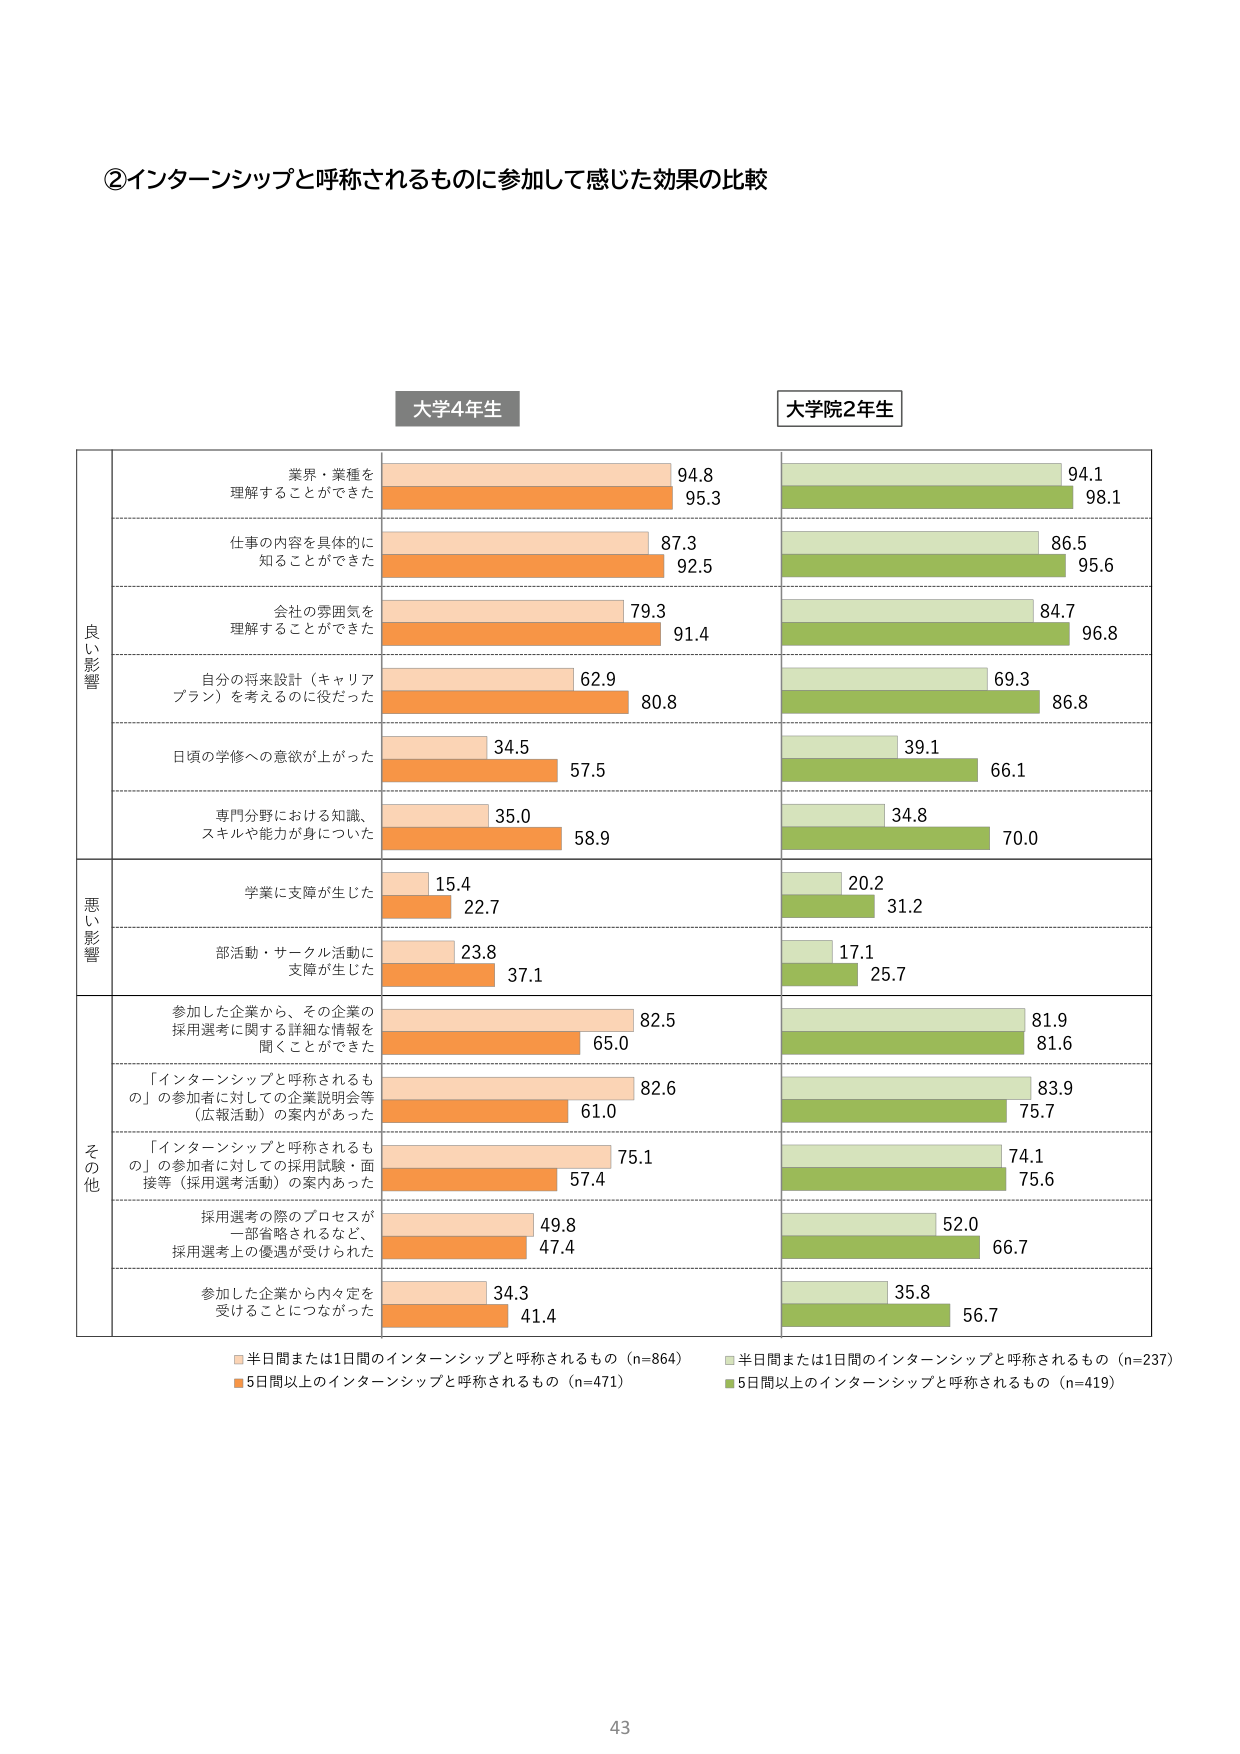
②インターンシップと呼称されるものに参加して感じた効果の比較

大学4年生
大学院2年生

良い影響
業界・業種を理解することができた
94.8
95.3
94.1
98.1

仕事の内容を具体的に知ることができた
87.3
92.5
86.5
95.6

会社の雰囲気を理解することができた
79.3
91.4
84.7
96.8

自分の将来設計（キャリアプラン）を考えるのに役だった
62.9
80.8
69.3
86.8

日頃の学修への意欲が上がった
34.5
57.5
39.1
66.1

専門分野における知識、スキルや能力が身についた
35.0
58.9
34.8
70.0

悪い影響
学業に支障が生じた
15.4
22.7
20.2
31.2

部活動・サークル活動に支障が生じた
23.8
37.1
17.1
25.7

その他
参加した企業から、その企業の採用選考に関する詳細な情報を聞くことができた
82.5
65.0
81.9
81.6

「インターンシップと呼称されるもの」の参加者に対しての企業説明会等（広報活動）の案内があった
82.6
61.0
83.9
75.7

「インターンシップと呼称されるもの」の参加者に対しての採用試験・面接等（採用選考活動）の案内あった
75.1
57.4
74.1
75.6

採用選考の際のプロセスが一部省略されるなど、採用選考上の優遇が受けられた
49.8
47.4
52.0
66.7

参加した企業から内々定を受けることにつながった
34.3
41.4
35.8
56.7

■半日間または1日間のインターンシップと呼称されるもの（n=864）
■半日間または1日間のインターンシップと呼称されるもの（n=237）
■5日間以上のインターンシップと呼称されるもの（n=471）
■5日間以上のインターンシップと呼称されるもの（n=419）

43